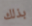
بذلك